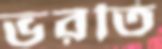
ভরতি